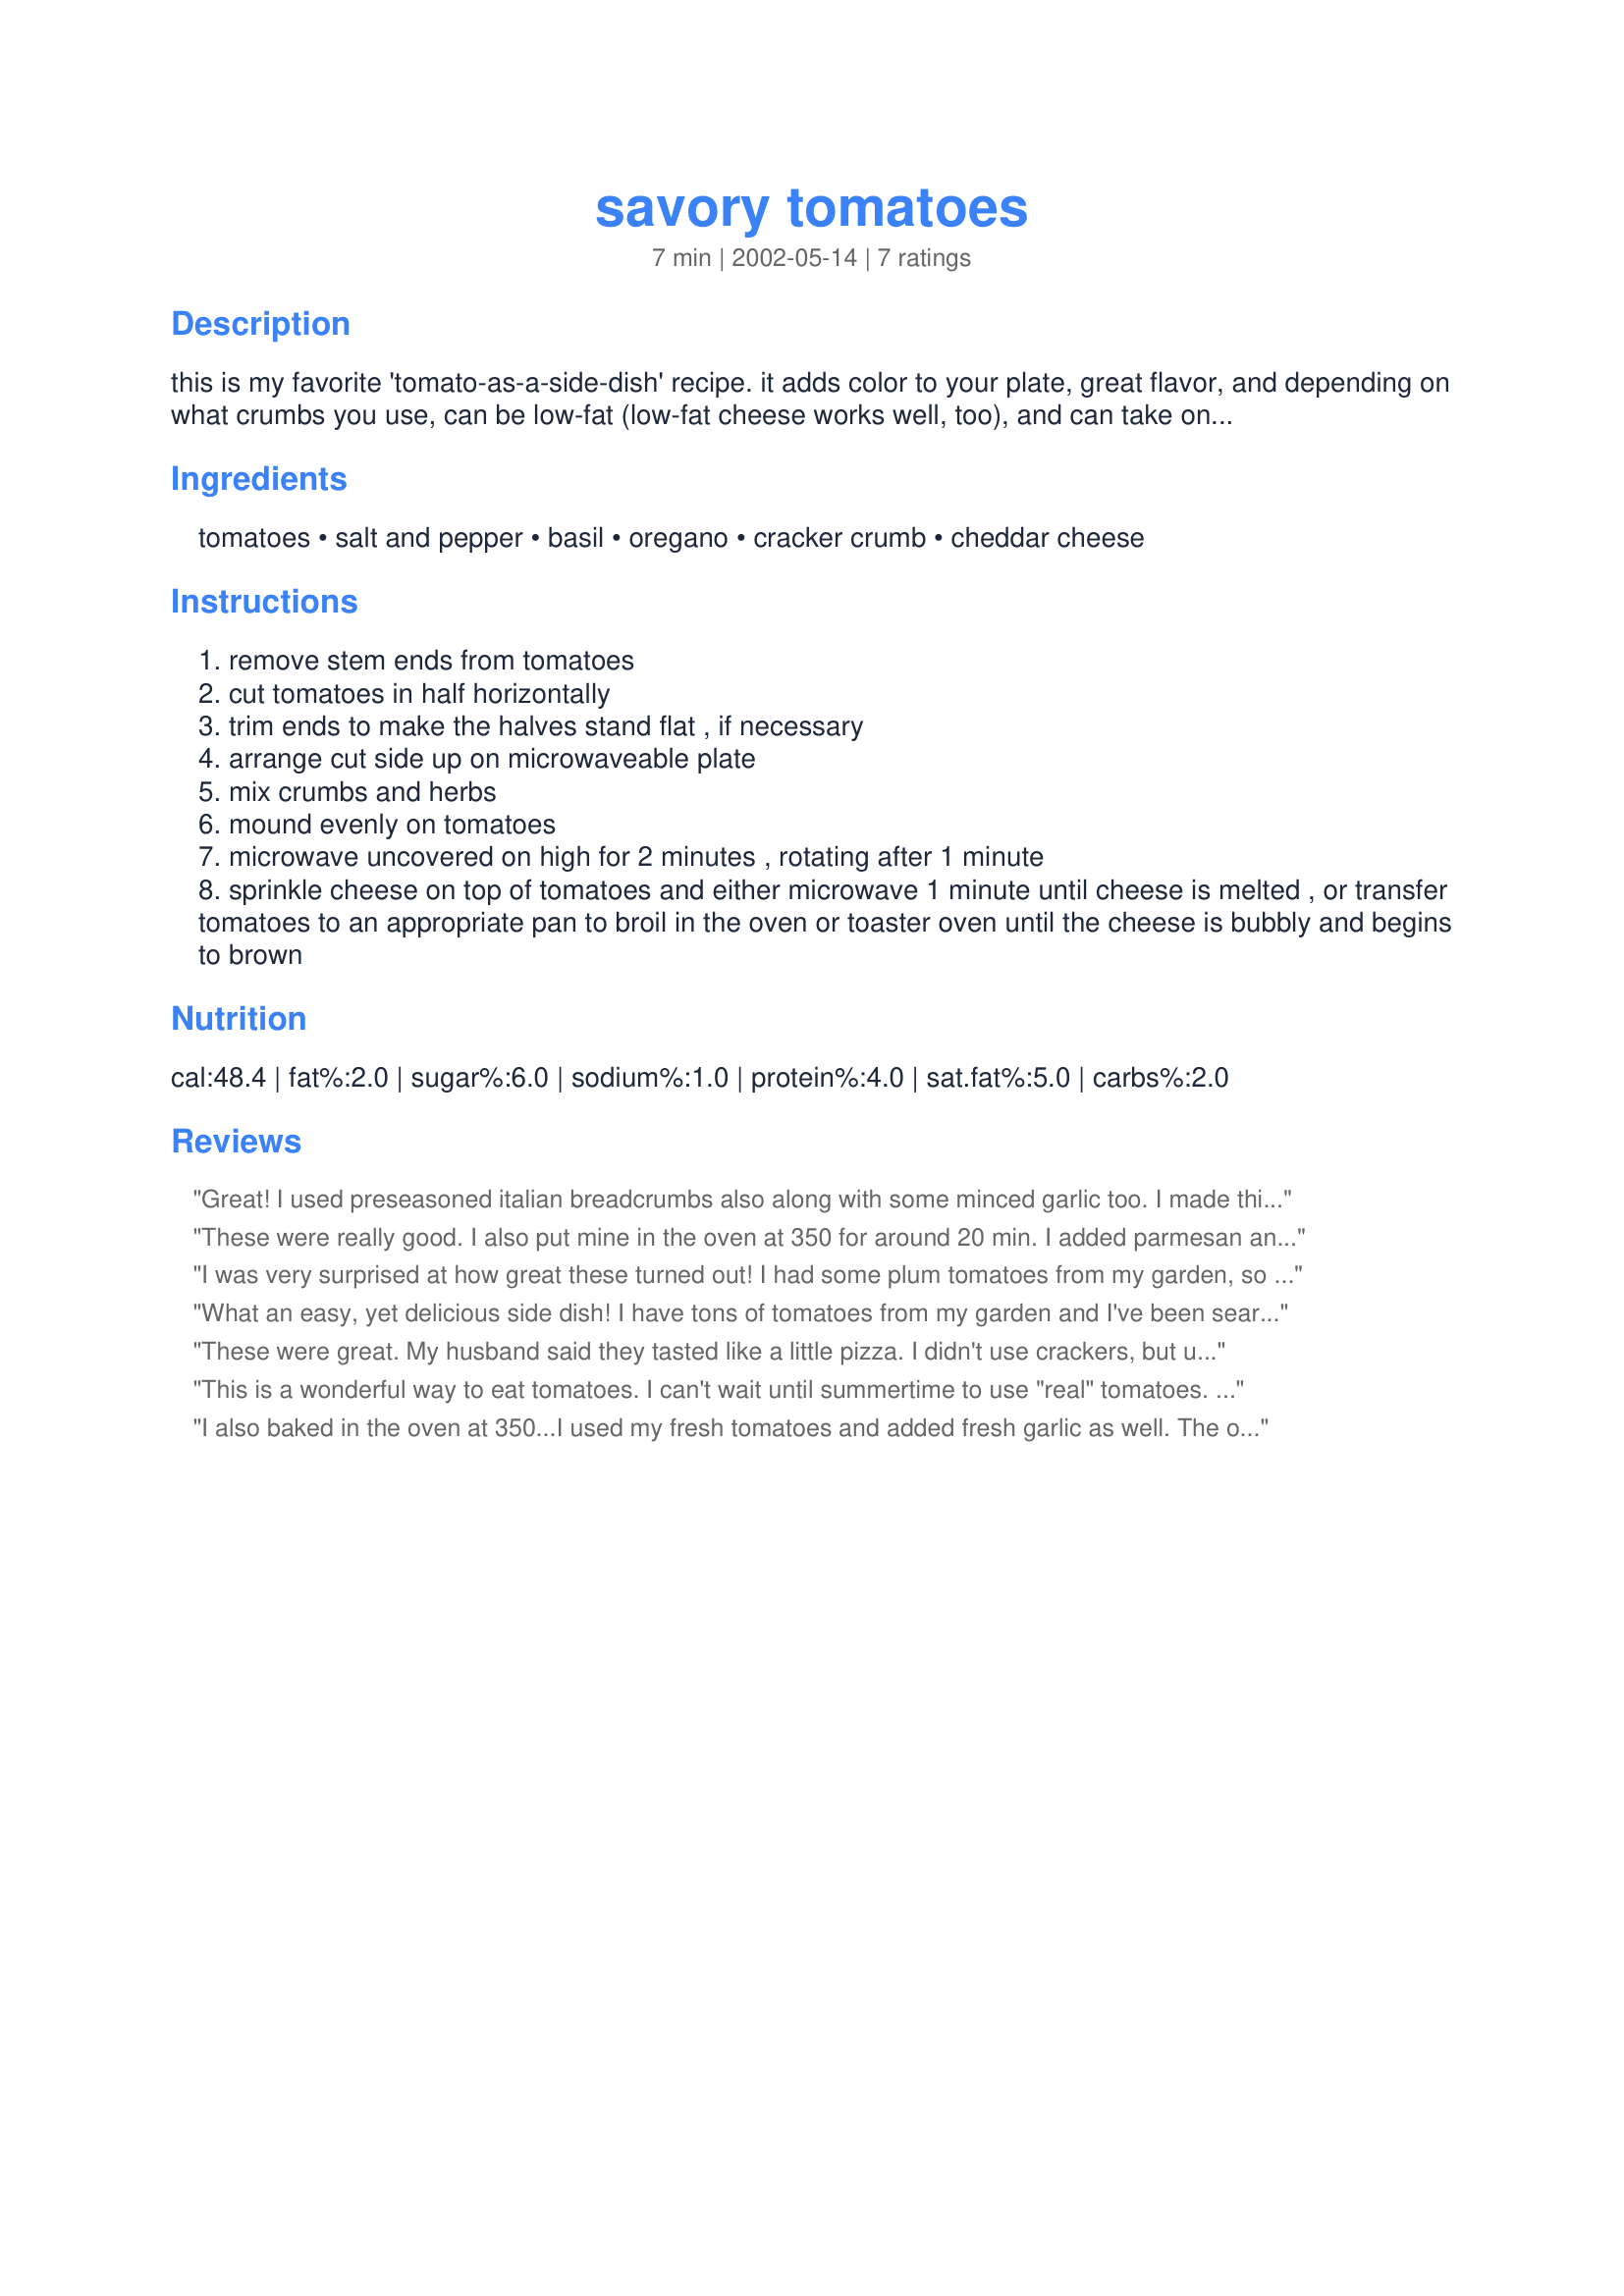
savory tomatoes
Preparation time: 7 minutes

this is my favorite 'tomato-as-a-side-dish' recipe. it adds color to your plate, great flavor, and depending on what crumbs you use, can be low-fat (low-fat cheese works well, too), and can take on a variety of flavors.

Ingredients:
tomatoes, salt and pepper, basil, oregano, cracker crumb, cheddar cheese

Steps:
remove stem ends from tomatoes
cut tomatoes in half horizontally
trim ends to make the halves stand flat , if necessary
arrange cut side up on microwaveable plate
mix crumbs and herbs
mound evenly on tomatoes
microwave uncovered on high for 2 minutes , rotating after 1 minute
sprinkle cheese on top of tomatoes and either microwave 1 minute until cheese is melted , or transfer tomatoes to an appropriate pan to broil in the oven or toaster oven until the cheese is bubbly and begins to brown

Reviews:
Great! I used preseasoned italian breadcrumbs also along with some minced garlic too. I made this in the oven instead at the same time as Stuffed Lasanga Shells #122835 at 350 degrees for 20min and then I put the cheese on top and allowed it to cook until bubbling. I used around 25 cherry tomatoes since we had just harvested them and wanted an interesting way to use them. Thanks!
These were really good. I also put mine in the oven at 350 for around 20 min. I added parmesan and italian seasonings along with the cheddar. Very yummy, and i'm not a tomato person!
I was very surprised at how great these turned out! I had some plum tomatoes from my garden, so I used them. I used Ritz for the cracker crumbs. I started in the micro and then moved to the oven, since I had chicken cooking in there at high heat anyway. I normally do not go for hot tomatoes, but this almost tasted like pizza. Me and my 12 yo daughter (the only tomato eaters in the house) scarfed them down! Thanks for a new way to use tomatoes. P.S. Posted a picture, but it does not do them justice. They are nice enough to served for company.
What an easy, yet delicious side dish! I have tons of tomatoes from my garden and I've been searching for new ways to serve them. This was so good and it only took minutes to prepare! I used Saltine crackers and didn't make any changes to the recipe. Thanks Ginny, I'll be making this one again!
These were great. My husband said they tasted like a little pizza. I didn't use crackers, but used Italian bread crumbs and a little extra cheese and they turned out great. A good recipe for all my garden tomatoes. Thanks for posting.
This is a wonderful way to eat tomatoes. I can't wait until summertime to use "real" tomatoes. This time I used hot house tomatoes. I could have cooked them in the micro, but opted to bake in the oven at 350º for 20 minutes instead. The tomatoes were warm and the cheese melted perfectly. Thanks, Ginny for posting this recipe.
I also baked in the oven at 350...I used my fresh tomatoes and added fresh garlic as well. The only cheese on hand was a blend of different cheeses. Worked great! Serving this for company coming next month. We loved your recipe, not a bite was left!
